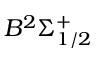
B ^ { 2 } \Sigma _ { 1 / 2 } ^ { + }